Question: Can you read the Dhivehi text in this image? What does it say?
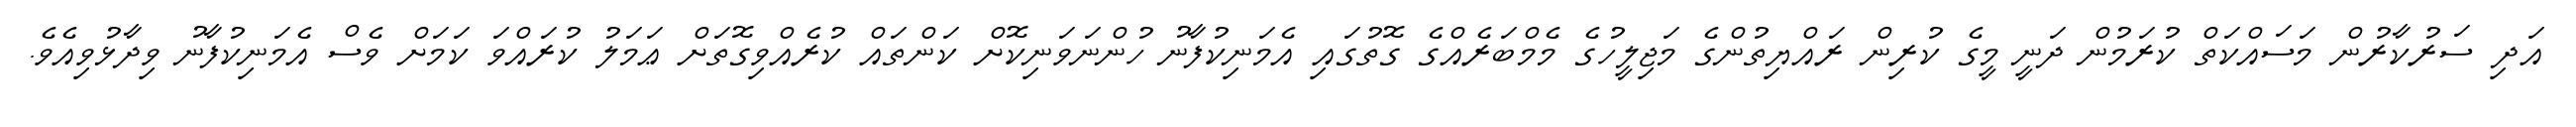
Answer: އަދި ސަރުކާރުން މަސައްކަތް ކުރަމުން ދަނީ މީގެ ކުރިން ރައްޔިތުންގެ މަޖިލީހުގެ މެމްބަރެއްގެ ގޮތުގައި އެމަނިކުފާނު ހުންނަވަނިކޮށް ކަންތައް ކުރެއްވިގޮތަށް ޢަމަލު ކުރައްވަ ކަމަށް ވެސް އެމަނިކުފާނު ވިދާޅުވިއެވެ.